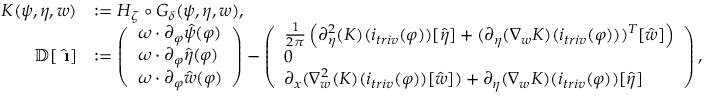
\begin{array} { r l } { K ( \psi , \eta , w ) } & { : = H _ { \zeta } \circ G _ { \delta } ( \psi , \eta , w ) , } \\ { \mathbb { D } [ \hat { \textbf { \i } } ] } & { : = \left( \begin{array} { l } { \omega \cdot \partial _ { \varphi } \hat { \psi } ( \varphi ) } \\ { \omega \cdot \partial _ { \varphi } \hat { \eta } ( \varphi ) } \\ { \omega \cdot \partial _ { \varphi } \hat { w } ( \varphi ) } \end{array} \right) - \left( \begin{array} { l } { \frac { 1 } { 2 \pi } \left( \partial _ { \eta } ^ { 2 } ( K ) ( i _ { t r i v } ( \varphi ) ) [ \hat { \eta } ] + ( \partial _ { \eta } ( \nabla _ { w } K ) ( i _ { t r i v } ( \varphi ) ) ) ^ { T } [ \hat { w } ] \right) } \\ { 0 } \\ { \partial _ { x } ( \nabla _ { w } ^ { 2 } ( K ) ( i _ { t r i v } ( \varphi ) ) [ \hat { w } ] ) + \partial _ { \eta } ( \nabla _ { w } K ) ( i _ { t r i v } ( \varphi ) ) [ \hat { \eta } ] } \end{array} \right) , } \end{array}